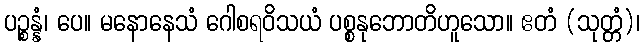
ပဉ္စန္နံ၊ ပေ။ မနောနေသံ ဂေါစရဝိသယံ ပစ္စနုဘောတိဟူသော။ ဧတံ (သုတ္တံ)၊